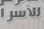
الاسر